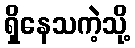
ရှိနေသကဲ့သို့